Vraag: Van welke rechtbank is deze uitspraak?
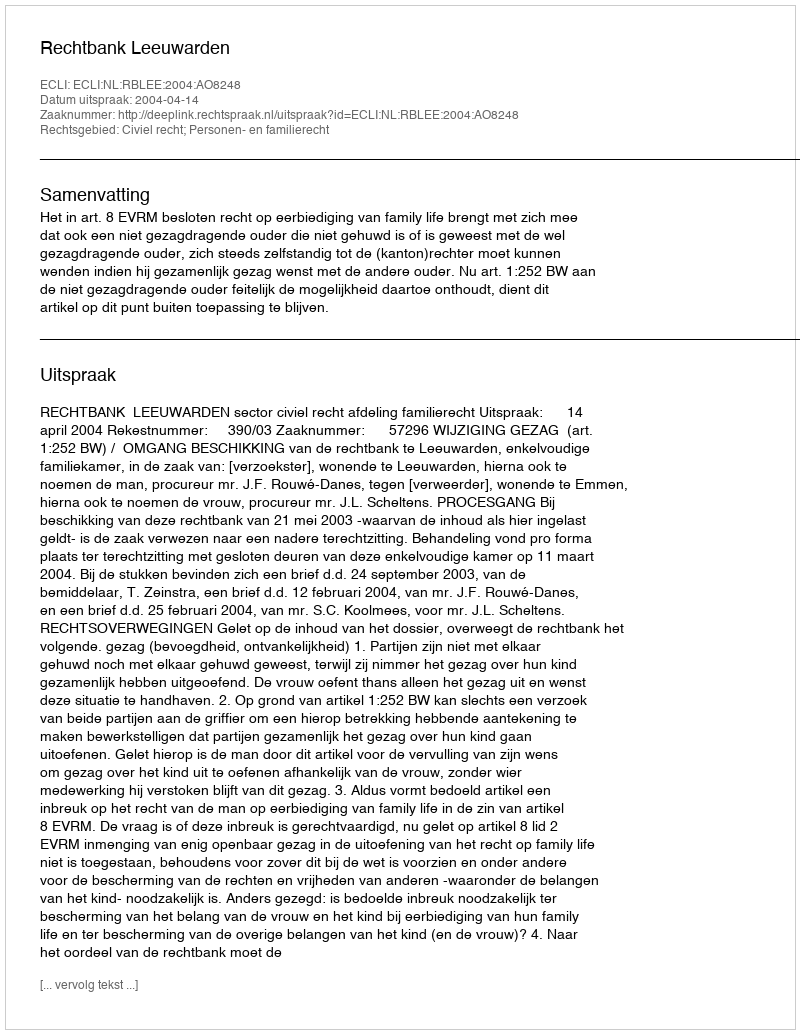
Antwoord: Rechtbank Leeuwarden